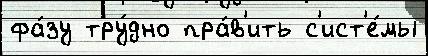
фа́зу тру́дно пра́в'ить с'ист'е́мы